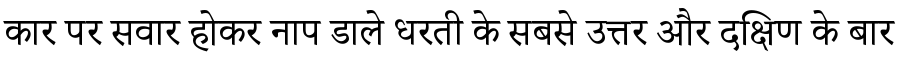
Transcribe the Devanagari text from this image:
कार पर सवार होकर नाप डाले धरती के सबसे उत्तर और दक्षिण के बार